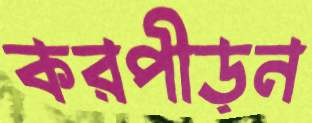
করপীড়ন